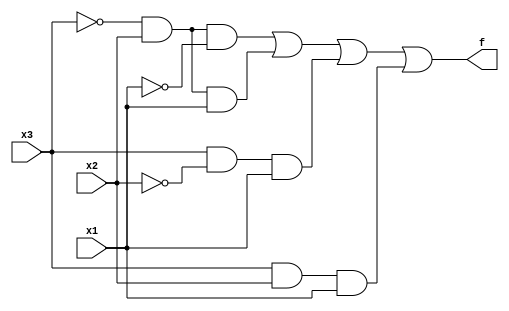

//Row     Inputs        Outputs
//number  x3  x2   x1   f
//0       0   0    0    0
//1       0   0    1    0
//2       0   1    0    1
//3       0   1    1    1
//4       1   0    0    0
//5       1   0    1    1
//6       1   1    0    0
//7       1   1    1    1

module top_module( 
    input x3,
    input x2,
    input x1,  // three inputs
    output f   // one output
);
    
	assign f = ( ~x3 & x2 & ~x1 ) | //Row2
				( ~x3 & x2 & x1 ) | //Row3
				( x3 & ~x2 & x1 ) | //Row5
				( x3 & x2 & x1 ) ; //Row7

endmodule